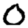
Digit: 0